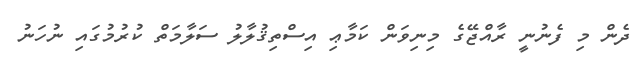
ދެން މި ފެނުނީ ރާއްޖޭގެ މިނިވަން ކަމާޢި އިސްތިޤުލާލު ސަލާމަތް ކުރުމުގައި ނުހަނު